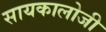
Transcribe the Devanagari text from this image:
सायकालोजी